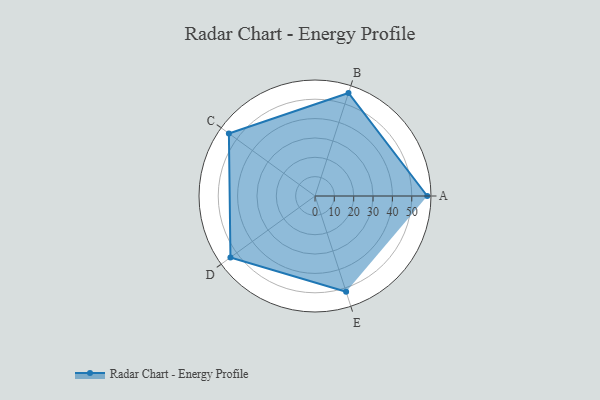
{"axis": {"x": "Skill", "y": "Score"}, "legend": ["Profile"], "data": [{"x": "A", "y": 58.0, "type": "Profile"}, {"x": "B", "y": 56.0, "type": "Profile"}, {"x": "C", "y": 55.0, "type": "Profile"}, {"x": "D", "y": 54.0, "type": "Profile"}, {"x": "E", "y": 52.0, "type": "Profile"}]}